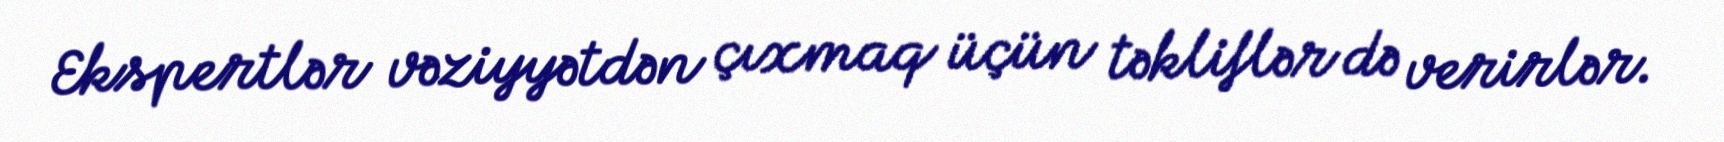
Ekspertlər vəziyyətdən çıxmaq üçün təkliflər də verirlər.